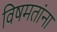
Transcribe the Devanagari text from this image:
विषमतांना